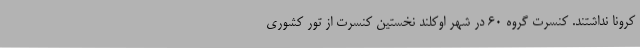
کرونا نداشتند. کنسرت گروه 60 در شهر اوکلند نخستین کنسرت از تور کشوری